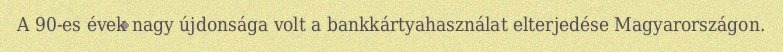
A 90-es évek nagy újdonsága volt a bankkártyahasználat elterjedése Magyarországon.